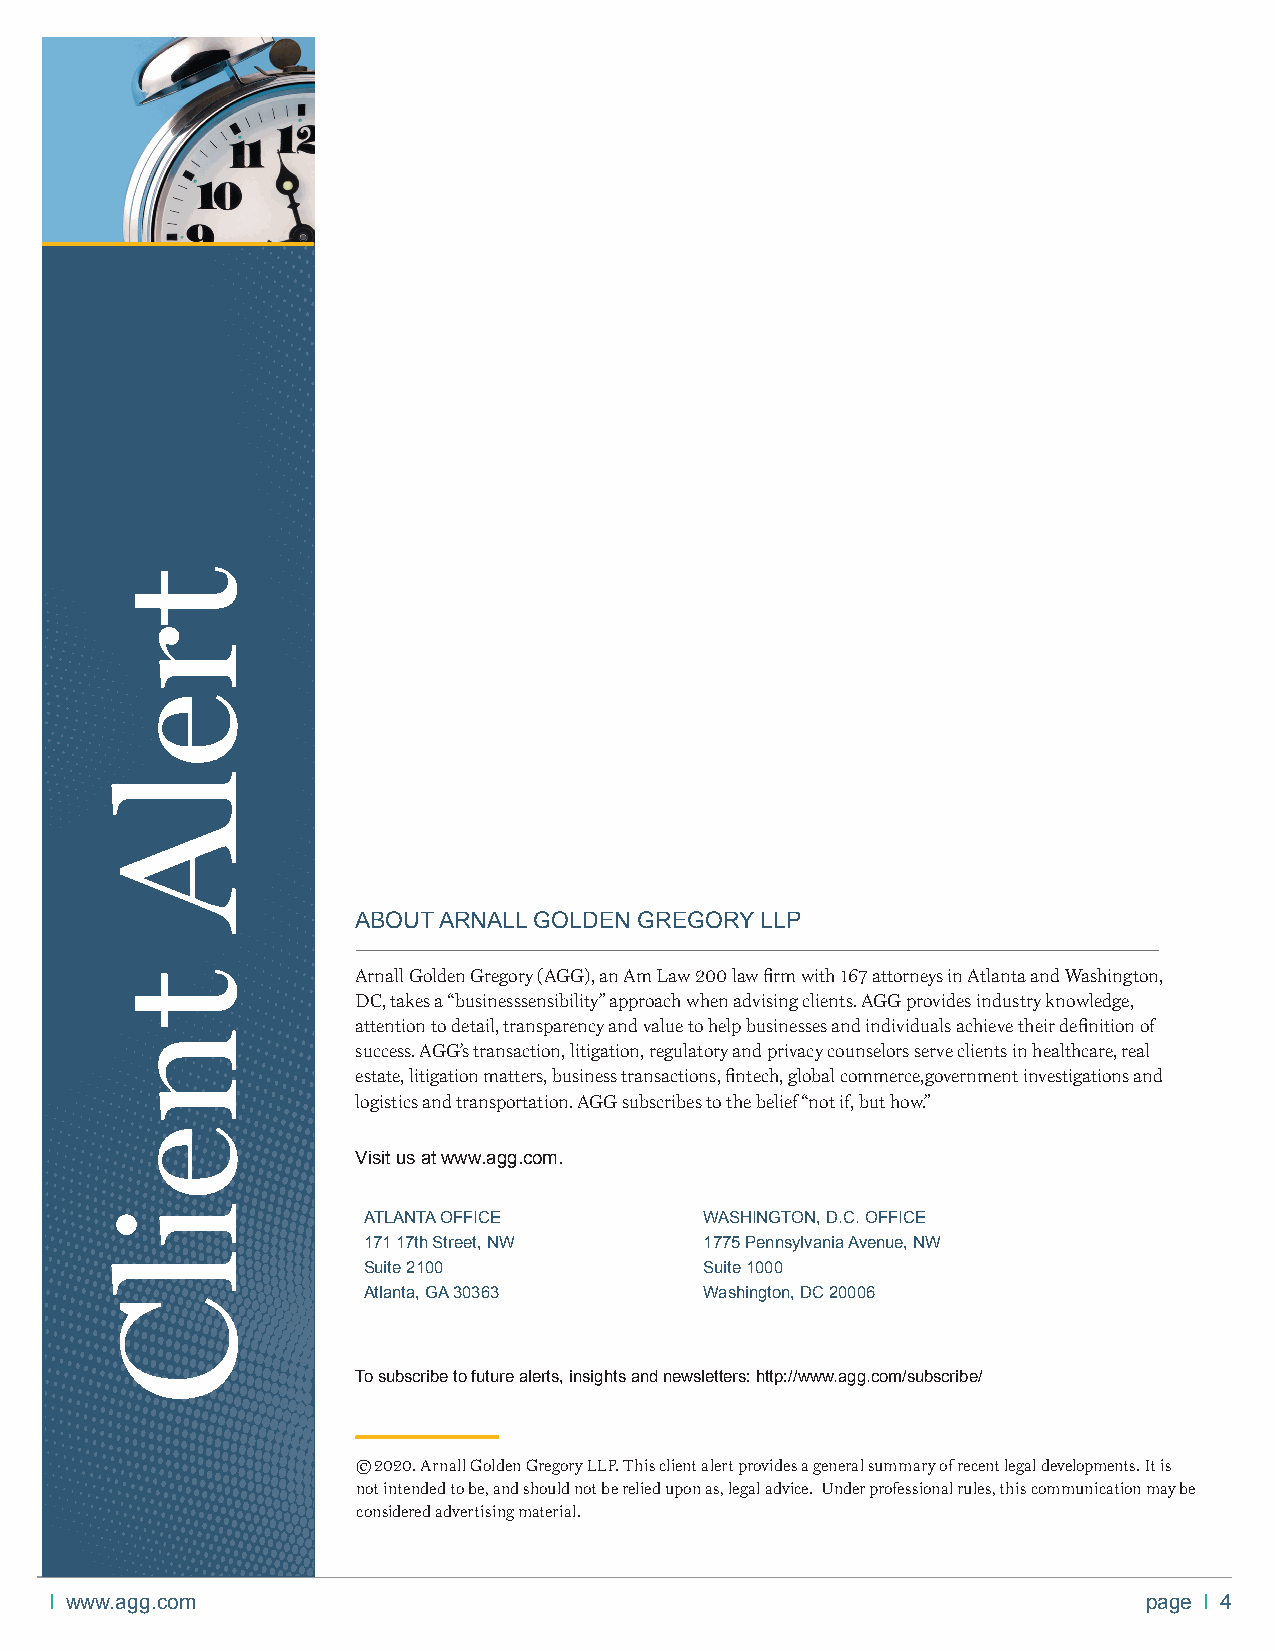
ABOUT ARNALL GOLDEN GREGORY LLP
 Arnall Golden Gregory (AGG), an Am Law 200 law fi rm with 167 attorneys in Atlanta and Washington,
 DC, takes a “businesssensibility” approach when advising clients. AGG provides industry knowledge,
 attention to detail, transparency and value to help businesses and individuals achieve their defi nition of
 success. AGG’s transaction, litigation, regulatory and privacy counselors serve clients in healthcare, real
 estate, litigation matters, business transactions, fi ntech, global commerce,government investigations and
 logistics and transportation. AGG subscribes to the belief “not if, but how.”
 Visit us at www.agg.com.
 ATLANTA OFFICE         WASHINGTON, D.C. OFFICE
 171 17th Street, NW    1775 Pennsylvania Avenue, NW
 Suite 2100             Suite 1000
 Atlanta, GA 30363      Washington, DC 20006
 To subscribe to future alerts, insights and newsletters: http://www.agg.com/subscribe/
 © 2020. Arnall Golden Gregory LLP. This client alert provides a general summary of recent legal developments. It is
 not intended to be, and should not be relied upon as, legal advice. Under professional rules, this communication may be
 considered advertising material.
 I www.agg.com                                                            page I 4
 trelA
 tneilC